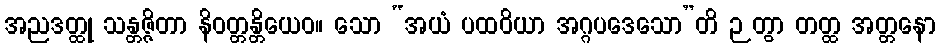
အညဒတ္ထု သန္တဇ္ဇိတာ နိဝတ္တန္တိယေဝ။ သော “အယံ ပထဝိယာ အဂ္ဂပဒေသော”တိ ဉတွာ တတ္ထ အတ္တနော